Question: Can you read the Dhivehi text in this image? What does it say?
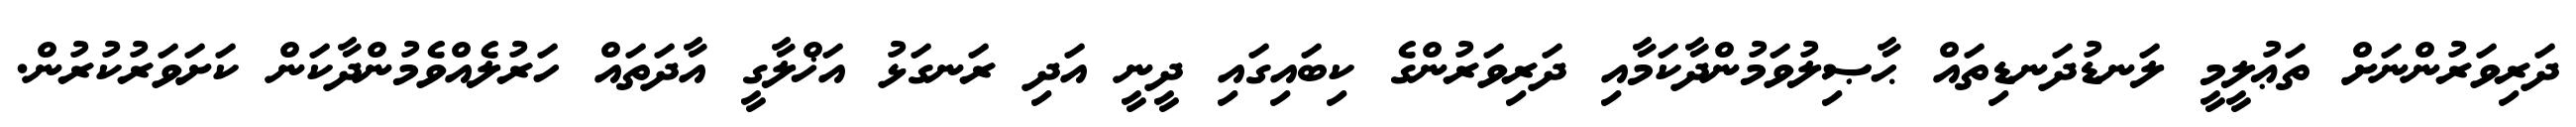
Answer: ދަރިވަރުންނަށް ތަޢުލީމީ ލަނޑުދަނޑިތައް ޙާޞިލުވަމުންދާކަމާއި ދަރިވަރުންގެ ކިބައިގައި ދީނީ އަދި ރަނގަޅު އަޚްލާގީ އާދަތައް ހަރުލެއްވެމުންދާކަން ކަށަވަރުކުރުން.